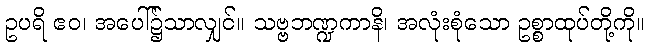
ဥပရိ ဧဝ၊ အပေါ်၌သာလျှင်။ သဗ္ဗဘဏ္ဍကာနိ၊ အလုံးစုံသော ဥစ္စာထုပ်တို့ကို။